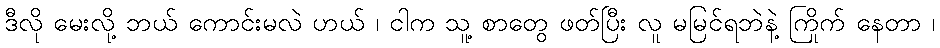
ဒီလို မေးလို့ ဘယ် ကောင်းမလဲ ဟယ် ၊ ငါက သူ့ စာတွေ ဖတ်ပြီး လူ မမြင်ရဘဲနဲ့ ကြိုက် နေတာ ၊